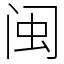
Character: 闽